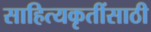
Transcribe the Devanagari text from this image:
साहित्यकृतींसाठी